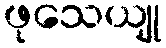
ဖုသေယျု